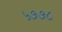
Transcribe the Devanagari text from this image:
५७७८